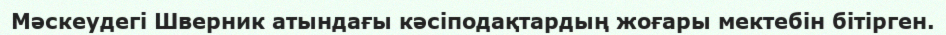
Мәскеудегі Шверник атындағы кәсіподақтардың жоғары мектебін бітірген.